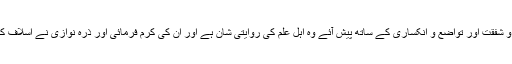
الاستاذ ابوغدۃ مدظلہ العالی جس محبت و شفقت اور تواضع و انکساری کے ساتھ پیش آئے وہ اہل علم کی روایتی شان ہے اور ان کی کرم فرمائی اور ذرہ نوازی نے اسلاف کی یاد تازہ کردی، فجزا للہ احسن الجزاء۔